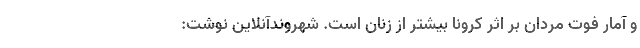
و آمار فوت مردان بر اثر کرونا بیشتر از زنان است. شهروندآنلاین نوشت: